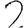
Digit: 2